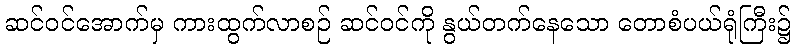
ဆင်ဝင်အောက်မှ ကားထွက်လာစဉ် ဆင်ဝင်ကို နွယ်တက်နေသော တောစံပယ်ရုံကြီး၌